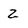
Character: 2